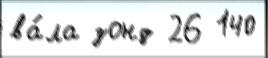
ва́ла зонд 26 140